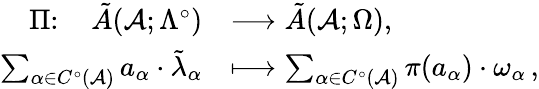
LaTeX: \begin{array}{rl}{\Pi\colon\quad\tilde{A}(\mathcal{A};\Lambda^{\circ})}&{\longrightarrow\tilde{A}(\mathcal{A};\Omega),}\\ {\sum_{\alpha\in C^{\circ}(\mathcal{A})}a_{\alpha}\cdot\tilde{\lambda}_{\alpha}}&{\longmapsto\sum_{\alpha\in C^{\circ}(\mathcal{A})}\pi(a_{\alpha})\cdot\omega_{\alpha}\, ,}\end{array}